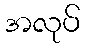
အလုပ်